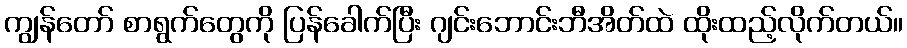
ကျွန်တော် စာရွက်တွေကို ပြန်ခေါက်ပြီး ဂျင်းဘောင်းဘီအိတ်ထဲ ထိုးထည့်လိုက်တယ်။